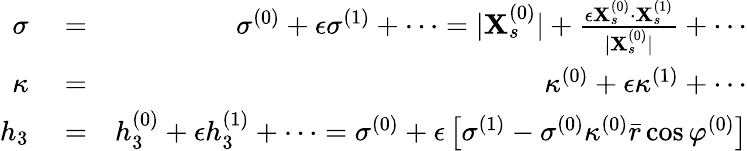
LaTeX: \begin{array}{rlr}{\sigma}&{{}=}&{\sigma^{(0)}+\epsilon\sigma^{(1)}+\cdots=|\mathbf{X}_{s}^{(0)}|+\frac{\epsilon\mathbf{X}_{s}^{(0)}\cdot\mathbf{X}_{s}^{(1)}}{|\mathbf{X}_{s}^{(0)}|}+\cdots}\\ {\kappa}&{{}=}&{\kappa^{(0)}+\epsilon\kappa^{(1)}+\cdots}\\ {h_{3}}&{{}=}&{h_{3}^{(0)}+\epsilon h_{3}^{(1)}+\cdots=\sigma^{(0)}+\epsilon\left[\sigma^{(1)}-\sigma^{(0)}\kappa^{(0)}\bar{r}\cos\varphi^{(0)}\right]}\end{array}